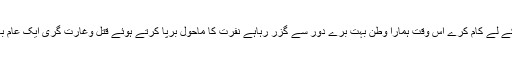
وقت کا تقاضا اور ہم سب کی ذمہ داری ہے کہ سب مل کر اپنے وطن کے لے کام کرے اس وقت ہمارا وطن بہت برے دور سے گزر رہاہے نفرت کا ماحول برپا کرتے ہوئے قتل وغارت گری ایک عام بات ہوچکی ہے ہم سب کو انسانیت کے لے کام کرنے کی ضرورت ہے۔